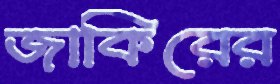
জাকিরের